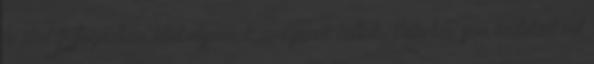
le őket.Elfogadtam őket olyannak,amilyenek voltak. Különben sem érdekelt mit